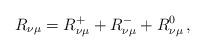
LaTeX: \begin{align*}R_{\nu\mu} = R_{\nu\mu}^+ + R_{\nu\mu}^- + R_{\nu\mu}^0\,,\end{align*}